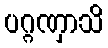
ပဂ္ဂဏှာသိ